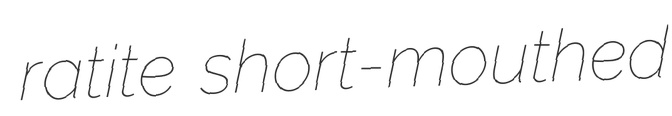
ratite short-mouthed